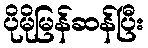
ပိုမိုမြန်ဆန်ပြီး